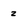
Character: z